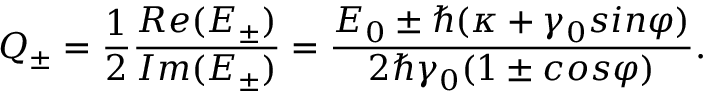
{ } Q _ { \pm } = \frac { 1 } { 2 } \frac { R e ( E _ { \pm } ) } { I m ( E _ { \pm } ) } = \frac { E _ { 0 } \pm \hbar ( \kappa + \gamma _ { 0 } s i n \varphi ) } { 2 \hbar \gamma _ { 0 } ( 1 \pm c o s \varphi ) } .